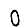
Digit: 0